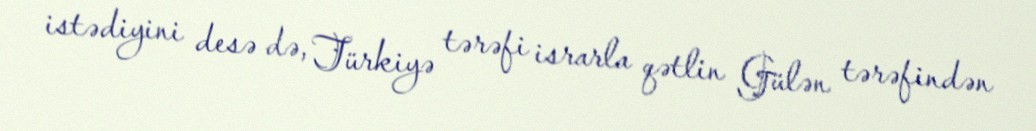
istədiyini desə də, Türkiyə tərəfi israrla qətlin Gülən tərəfindən